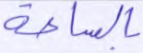
بالساعة